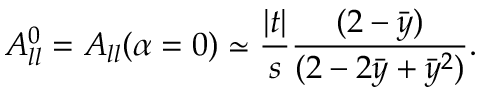
A _ { l l } ^ { 0 } = A _ { l l } ( \alpha = 0 ) \simeq \frac { | t | } { s } \frac { ( 2 - \bar { y } ) } { ( 2 - 2 \bar { y } + \bar { y } ^ { 2 } ) } .